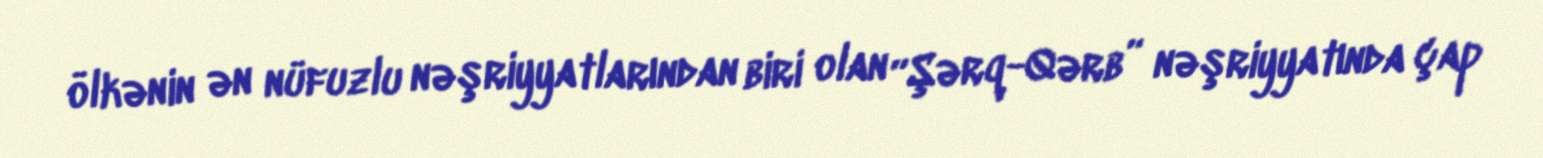
ölkənin ən nüfuzlu nəşriyyatlarından biri olan “Şərq-Qərb” nəşriyyatında çap